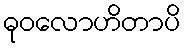
ဓုဝလောဟိတာပိ